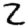
Digit: 2